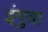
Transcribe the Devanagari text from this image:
इंगुवा